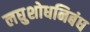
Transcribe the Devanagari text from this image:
लघुशोधनिबंध